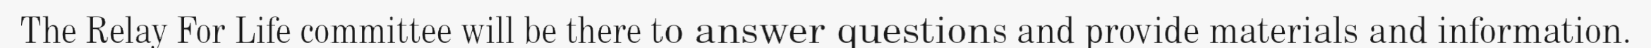
The Relay For Life committee will be there to answer questions and provide materials and information.